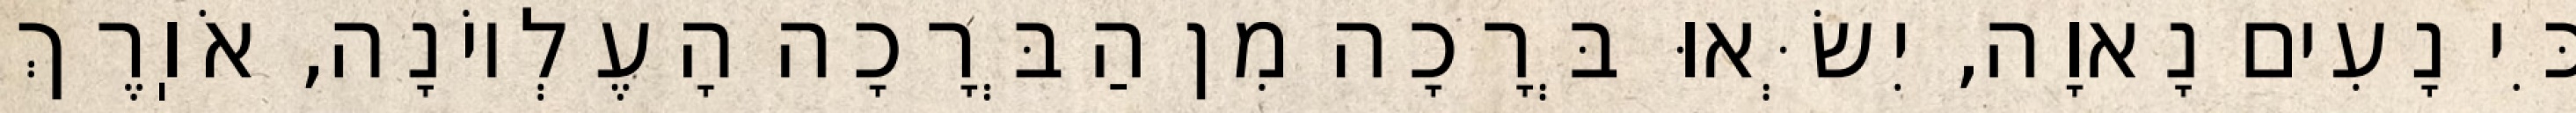
כִּי נָעִים נָאוָה, יִשְּׂאוּ בְּרָכָה מִן הַבְּרָכָה הָעֶלְיוֹנָה, אֹוֽרֶךְ